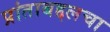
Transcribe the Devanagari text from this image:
प्रांताबद्दलचा